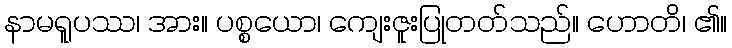
နာမရူပဿ၊ အား။ ပစ္စယော၊ ကျေးဇူးပြုတတ်သည်။ ဟောတိ၊ ၏။